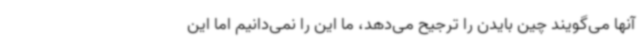
آنها می‌گویند چین بایدن را ترجیح می‌دهد، ما این را نمی‌دانیم اما این